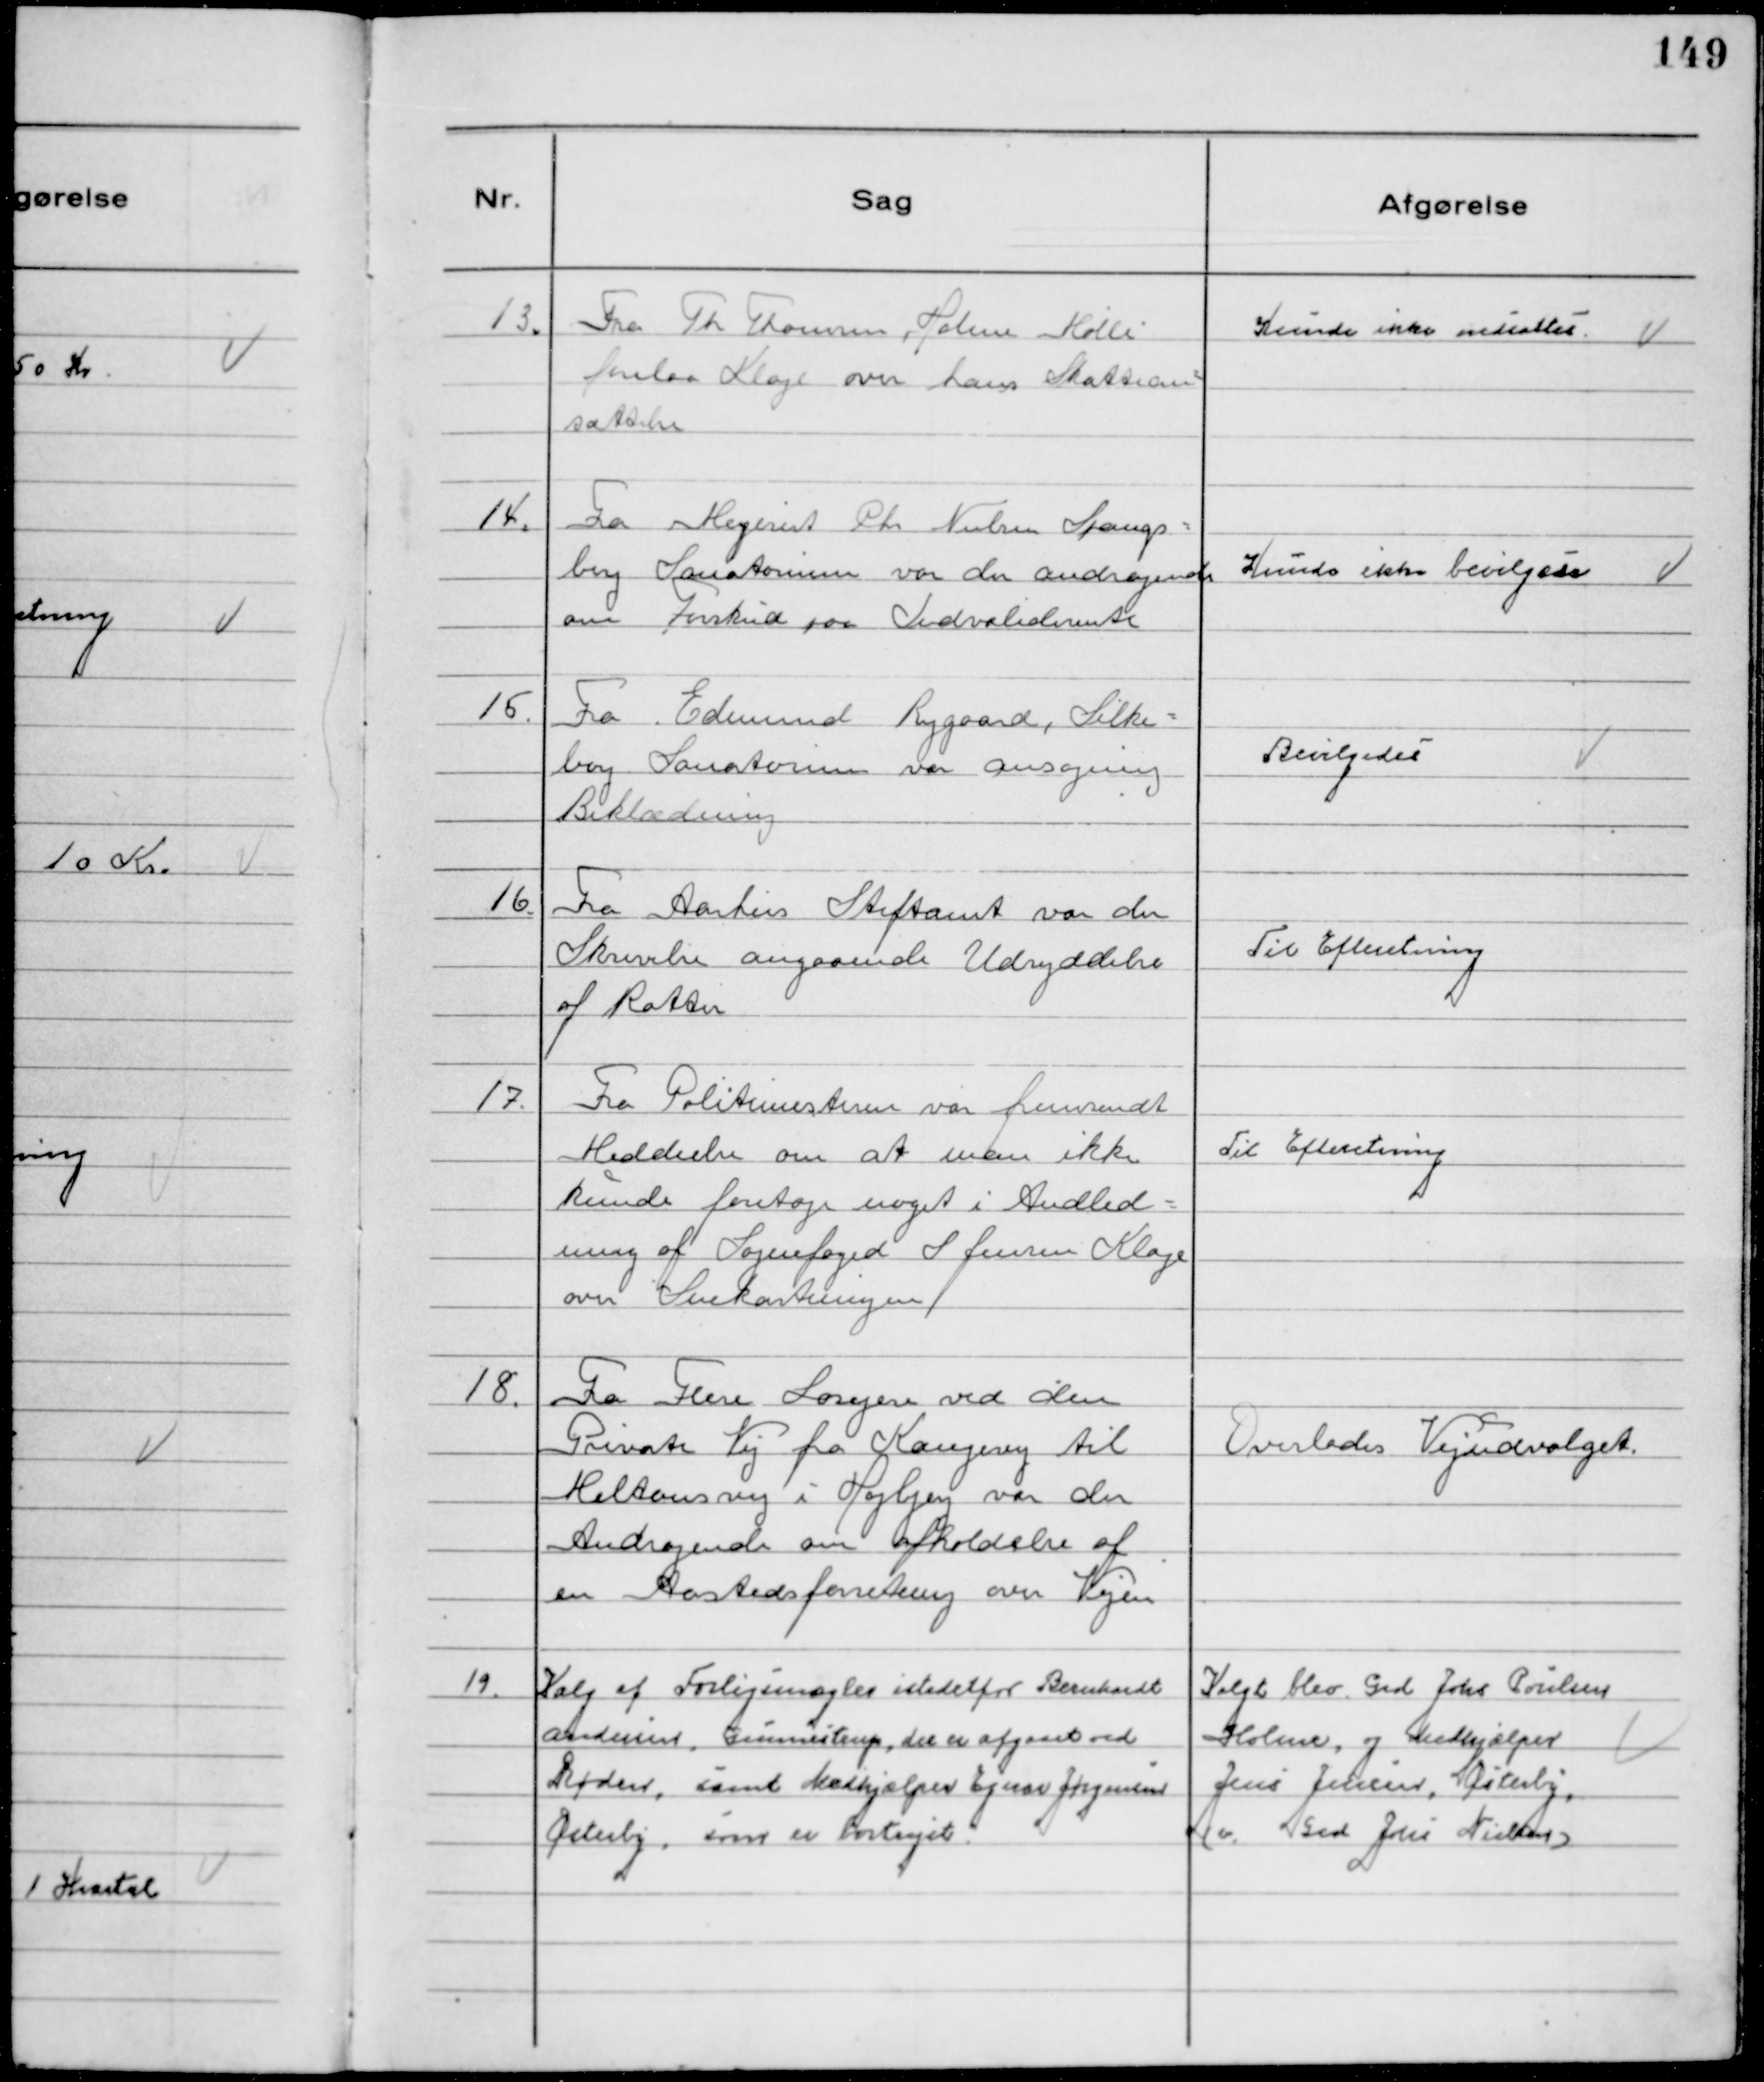
Transskription:
13.
Fra Th Thomsen Holme Mølle
forelaa Klage om hans Skattean-
sættelse

Kunde ikke nedsættes.

14.
Fra Mejerist Chr Nielsen Spangs-
berg Sanatorium var der andragende
om Forskud paa Indvaliderente

Kunde ikke bevilgedes

15.
Fra Edmund Rygaard, Silke-
borg Sanatorium var ansøgning
Beklædning

Bevilgedes

16.
Fra Aarhus Stiftamt var der
Skrivelse angaaende Udryddelse
af Rotter

Til Efteretning

17.
Fra Politimesteren var fremsendt
Meddeelse om at man ikke
kunde foretage noget i Andled-
ning af Sognefoged S Jensen Klage
om Snekastningen

Til Efteretning

18.
Fra Flere Losejere ved den
Private Vej fra Kongevej til
Miltonsvej i Højbjerg var der
Andragende om afholdelse af
en Aastedsforretning over Vejen

Overlodes Vejudvalget.

19.
Valg af Forligsmægler istedetfor Bernhardt
Andersen, Gunnestrup, der er afgaaet ved
Døden, samt Medhjælper Ejnar Jørgensen
Østerby, som er bortrejst.

Valgt blev Grd Johs Poulsen
Holme, og Medhjælper
Jens Jensen, Østerby,
(v. Grd Johs Nielsen)